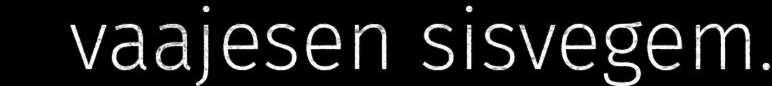
vaajesen sisvegem.